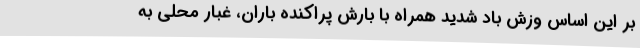
بر این اساس وزش باد شدید همراه با بارش پراکنده باران، غبار محلی به